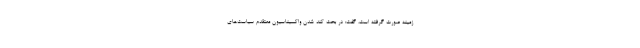
زمینه صورت گرفته است، گفت: در بحث کند شدن واکسیناسیون معتقدم سیاست‌های